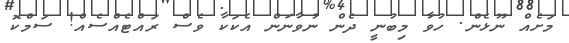
މަށެއް ނޫޅެން. ހުވާ މިބުނީ ދެން ނުވާނަން އެކަކާ ވެސް ރައްޓެއްސެއް! ސަމްކޮ